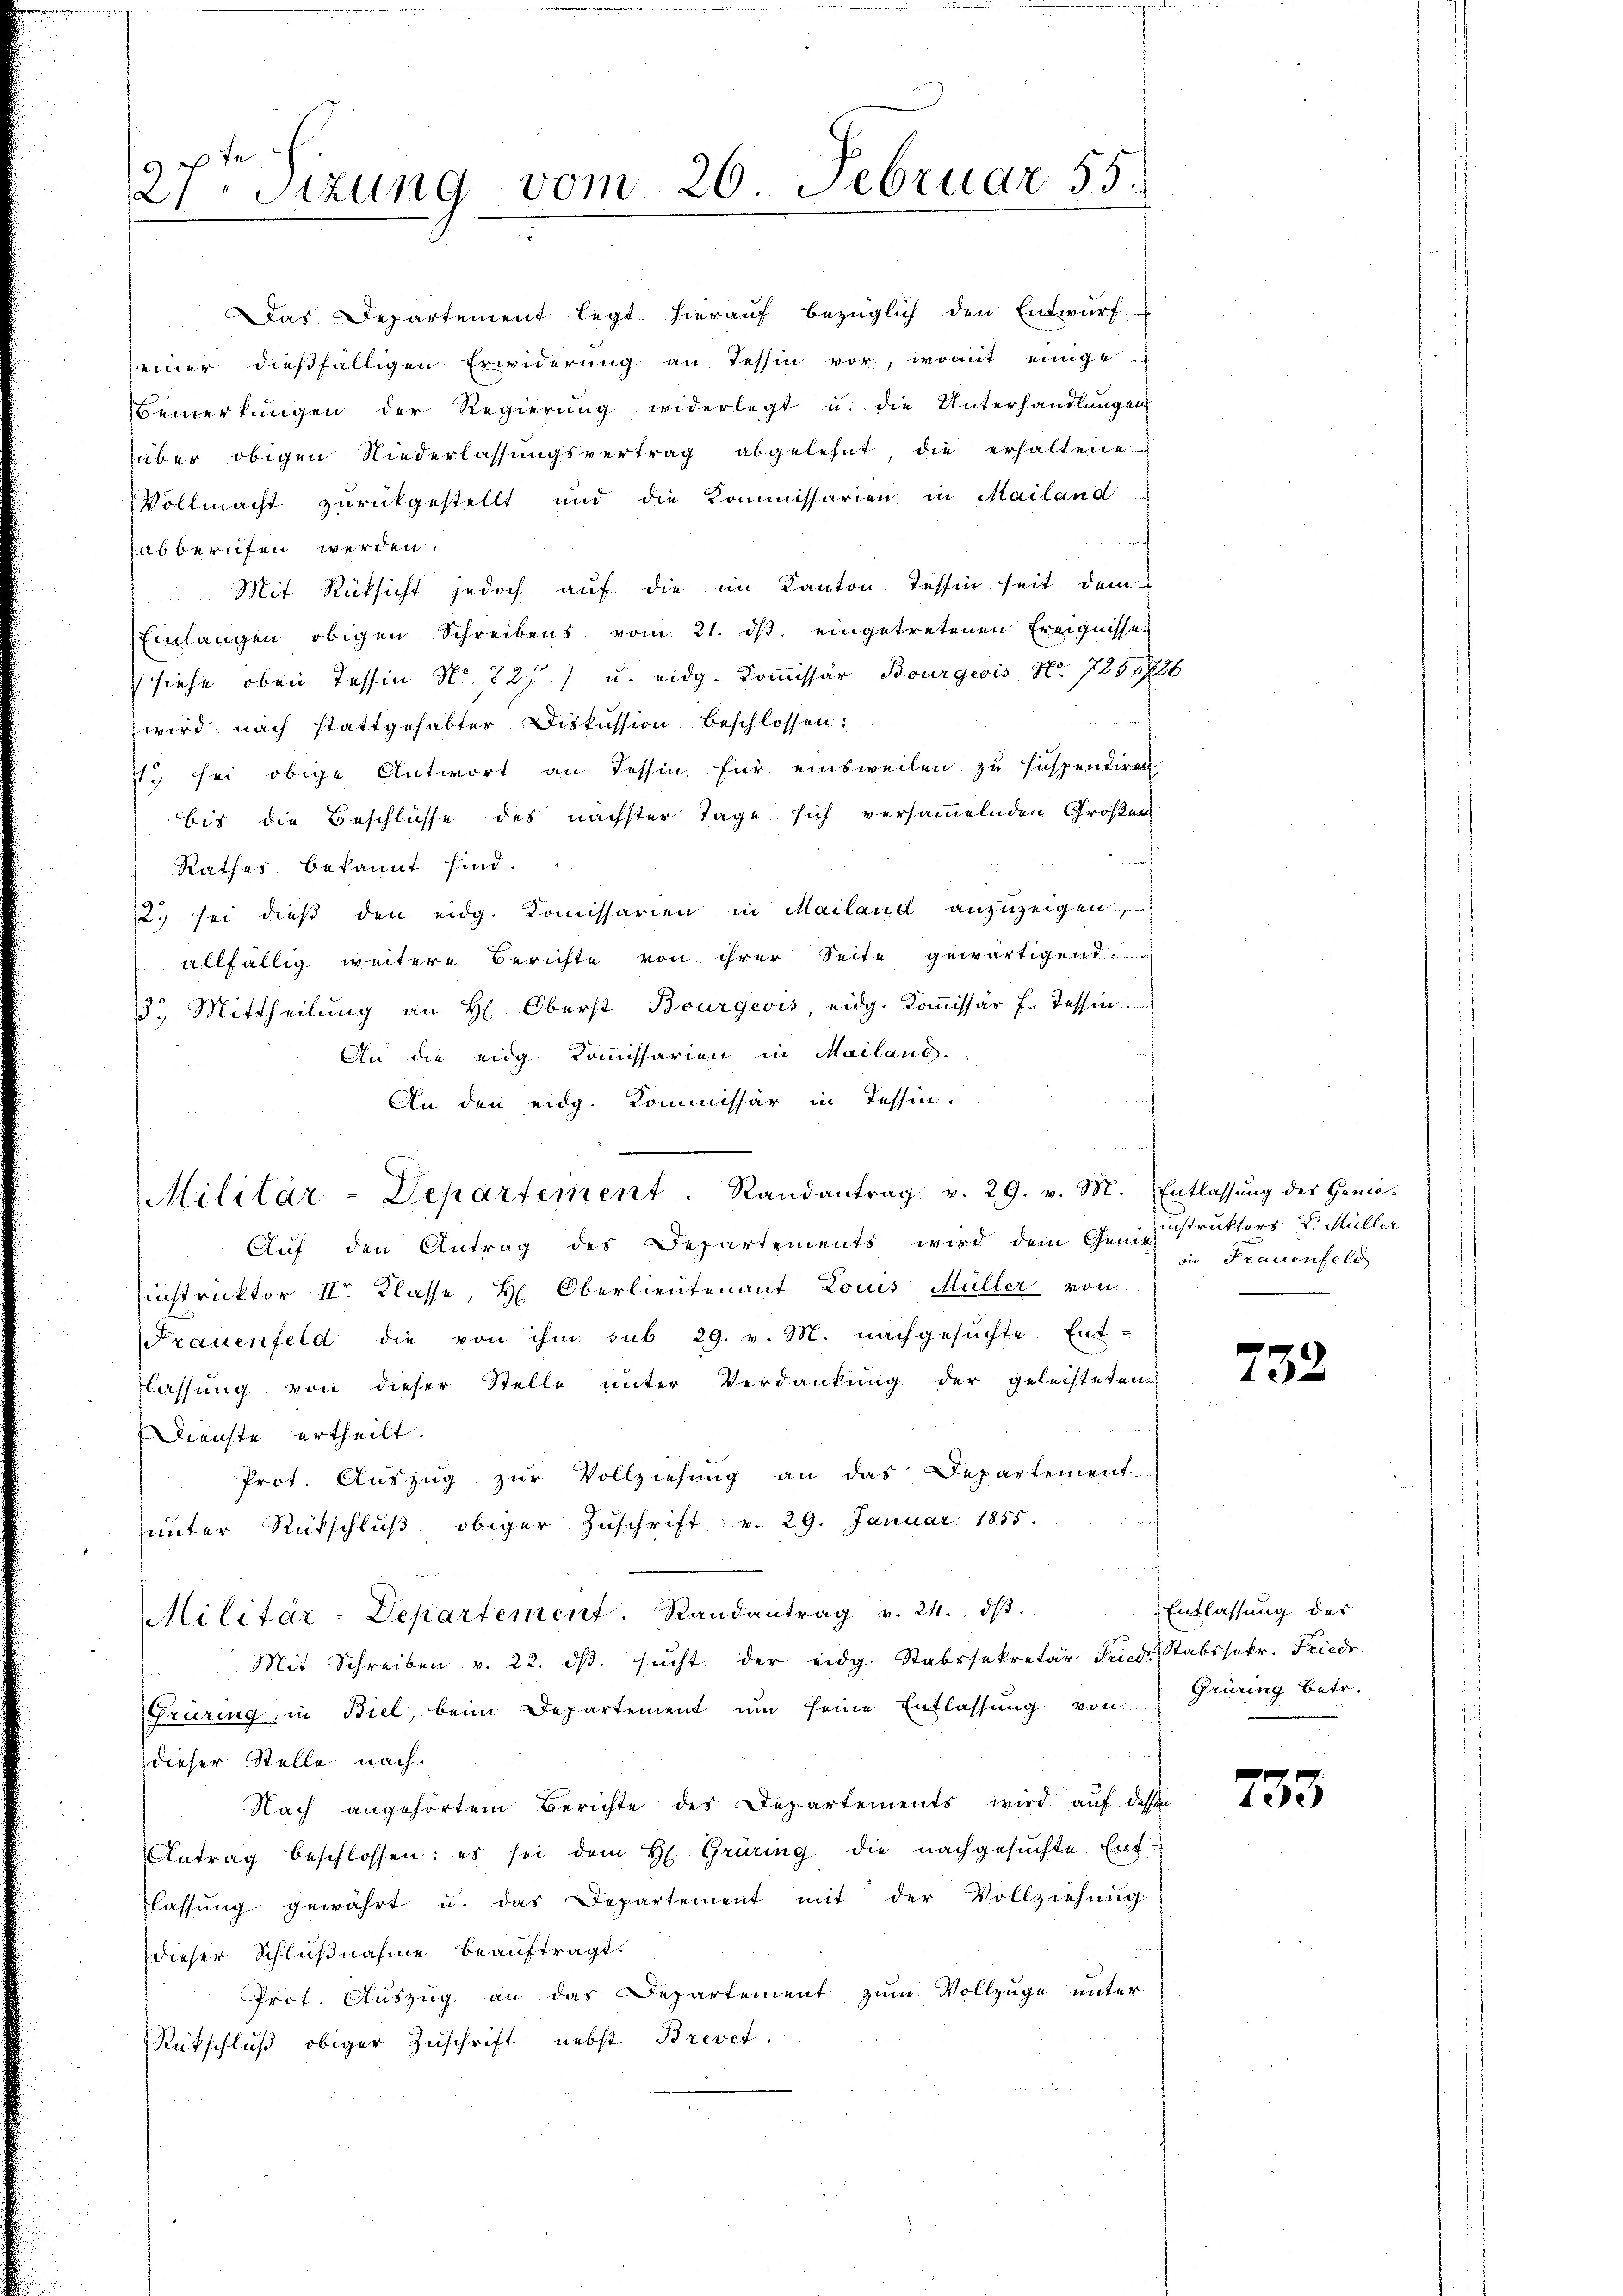
3
21 Sitzung vom 26. Februar 55.

Vollmacht zurückgestellt und die Kommissarien in Mailand-
abberufen werden.
Mit Rücksicht jedoch auf die im Kanton Tessin seit dem
Einlangen obigen Schreibens vom 21. ds. eingetretenen Ereignisse
siehe oben Tessin No 725 u. eidg. Kommissär Bourgeois No 728 1886
de der den
wird nach stattgehabter Diskussion beschlossen:
71. sei obige Antwort an Tessin, für einsweilen zu suspendiren
bis die Beschlüsse des nächster Tage sich versammelnden Großen
Rathes bekannt sind.
2. sei dieß den eidg. Kommissarien in Mailand anzuzeigen
allfällig weitere Berichte von ihrer Seite gewärtigend.
13. Mittheilung an H. Oberst Bourgeois, eidg. Kommissär Fr. Tessin
An die eidg. Kommissarien in Mailand.
An den eidg. Kommissär in Tessin.

Das Departement legt hierauf bezüglich den Entwurf
seiner dießfälligen Erwiderŭng an Tessin vor, womit einige
Bemerkŭngen der Regierŭng widerlegt u. die Unterhandlungen
über obigen Niederlassŭngsvertrag abgelehnt, die erhaltene

Militär-Departement. Randantrag v. 29. v. M. Entlassŭng des Genie-

Auf den Antrag des Departements wird dem Genstruktors L. Müller
Einstruktor II. Klasse, H. Oberlieutenant Louis Müller von
Frauenfeld die von ihm sub 29. v. M. nachgesuchte Ent-
lassung von dieser Stelle unter Verdankung der geleisteten
Dienste ertheilt.
Prot. Auszug zur Vollziehung an das Departement-
ŭnter Rückschlŭβ obiger Zŭschrift v. 29. Januar 1855.
Mit Schreiben v. 22. dβ. sŭcht der eidg. Stabssekretär Friedr Stabssekr. Friedr.
Früring, in Biel, beim Departement um seine Entlassung von Grüring betr.
dieser Stelle nach.
Nach angehörtem Berichte des Departements wird auf dessen
Antrag beschlossen: es sei dem H. Grüning die nachgesŭchte Entlassŭng gewährt u. das Departement mit der Vollziehŭng
dieser Schlußnahme beauftragt.
Prot. Auszug an das Departement zum Vollzuge unter
Rückschluß obiger Zuschrift nebst Brevet.

Militär-Departement. Randantrag v. 24. dβ.

in Frauenfeld

732

Entlassung des

733